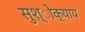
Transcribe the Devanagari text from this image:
सुश्ोक्याय